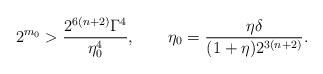
LaTeX: \begin{align*} 2^{m_0} > \frac{2^{6(n+2)}\Gamma^4}{\eta_0^4}, \qquad \eta_0 = \frac{\eta\delta}{(1+\eta)2^{3(n+2)}}. \end{align*}